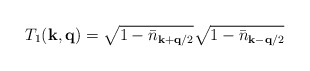
\begin{align*}T_{1}({\bf{k}}, {\bf{q}}) = \sqrt{ 1 - {\bar{n}}_{ {\bf{k}} + {\bf{q}}/2 } }\sqrt{ 1 - {\bar{n}}_{ {\bf{k}} - {\bf{q}}/2 } }\end{align*}